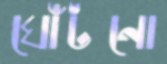
ঘোঁটনো